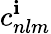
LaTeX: c_{nlm}^{\mathbf{i}}